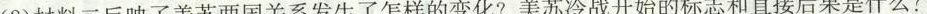
(2)材料二反映了美苏两国关系发生了怎样的变化?美苏冷战开始的标志和直接后果是什么?